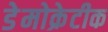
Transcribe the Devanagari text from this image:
डेेमोक्रेटीक